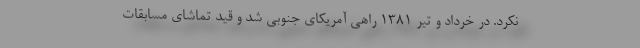
نکرد. در خرداد و تیر 1381 راهی آمریکای جنوبی شد و قید تماشای مسابقات